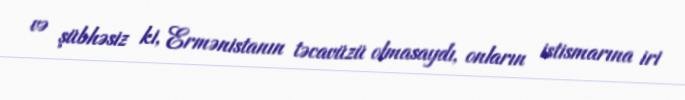
və şübhəsiz ki, Ermənistanın təcavüzü olmasaydı, onların istismarına iri